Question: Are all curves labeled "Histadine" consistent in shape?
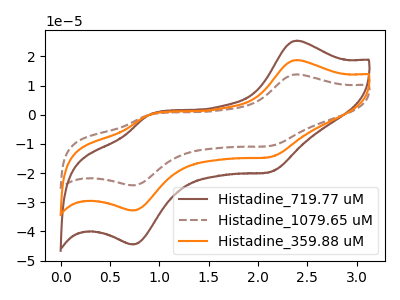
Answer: <think>The brown curve "Histadine_719.77 uM" has anodic peaks at (2.40V, 25.40uA) (0.90V, -0.10uA) and cathodic peaks at (2.15V, -19.60uA) (0.75V, -44.50uA). The brown dashed curve "Histadine_1079.65 uM" has anodic peaks at (2.40V, 37.45uA) (0.90V, -0.15uA) and cathodic peaks at (2.15V, -28.95uA) (0.75V, -65.65uA). The orange curve "Histadine_359.88 uM" has anodic peaks at (2.40V, 18.75uA) (0.90V, -0.10uA) and cathodic peaks at (2.15V, -14.50uA) (0.75V, -32.80uA).
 All the peaks in "Histadine_719.77 uM" have a peak in "Histadine_1079.65 uM" at the same potential. All the peaks in "Histadine_719.77 uM" have a peak in "Histadine_359.88 uM" at the same potential. All the peaks in "Histadine_1079.65 uM" have a peak in "Histadine_359.88 uM" at the same potential.</think>
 <answer>All the CV's of "Histadine" have similar shape.</answer>
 <eval>follow_rule</eval>